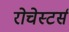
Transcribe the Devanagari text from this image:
रोचेस्टर्स